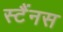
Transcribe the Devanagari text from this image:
स्टैंनस